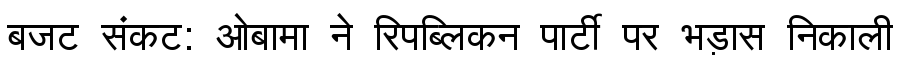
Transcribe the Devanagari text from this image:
बजट संकट: ओबामा ने रिपब्लिकन पार्टी पर भड़ास निकाली